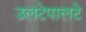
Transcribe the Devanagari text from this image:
उलटेपालटे